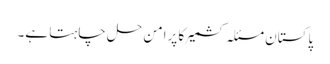
پاکستان مسئلہ کشمیر کا پرامن حل چاہتا ہے۔